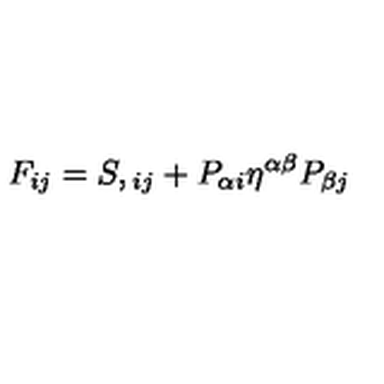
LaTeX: F _ { i j } = S , { } _ { i j } + P _ { \alpha i } \eta ^ { \alpha \beta } P _ { \beta j }